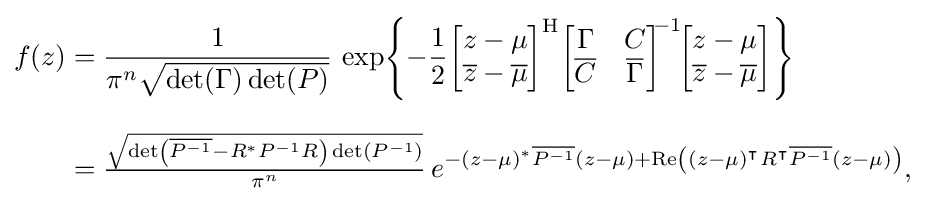
{\begin{aligned}f(z)&={\frac {1}{\pi ^{n}{\sqrt {\det(\Gamma )\det(P)}}}}\,\exp \!\left\{-{\frac {1}{2}}{\begin{bmatrix}z-\mu \\{\overline {z}}-{\overline {\mu }}\end{bmatrix}}^{\mathrm {H} }{\begin{bmatrix}\Gamma &C\\{\overline {C}}&{\overline {\Gamma }}\end{bmatrix}}^{\!\!-1}\!{\begin{bmatrix}z-\mu \\{\overline {z}}-{\overline {\mu }}\end{bmatrix}}\right\}\\[8pt]&={\tfrac {\sqrt {\det \left({\overline {P^{-1}}}-R^{\ast }P^{-1}R\right)\det(P^{-1})}}{\pi ^{n}}}\,e^{-(z-\mu )^{\ast }{\overline {P^{-1}}}(z-\mu )+\operatorname {Re} \left((z-\mu )^{\intercal }R^{\intercal }{\overline {P^{-1}}}(z-\mu )\right)},\end{aligned}}